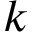
k